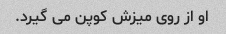
او از روی میزش کوپن می گیرد.